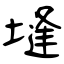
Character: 塳